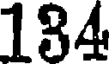
184